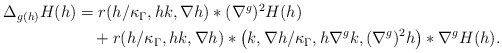
\begin{align*}\begin{aligned}\Delta_{g(h)}H(h)&=r(h/\kappa_\Gamma,hk,\nabla h)*(\nabla^g)^2 H(h) \\&\quad+ r(h/\kappa_\Gamma,hk,\nabla h)*\big(k,\nabla h/\kappa_\Gamma,h\nabla^g k,(\nabla^g)^2 h\big)*\nabla^gH(h).\end{aligned}\end{align*}